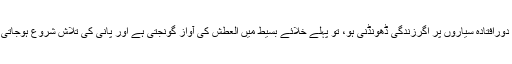
ہمیں دورافتادہ سیاروں پر اگرزندگی ڈھونڈنی ہو، تو پہلے خلائے بسیط میں العطش کی آواز گونجتی ہے اور پانی کی تلاش شروع ہوجاتی ہے۔